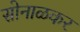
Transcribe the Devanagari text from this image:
सोनाळकर